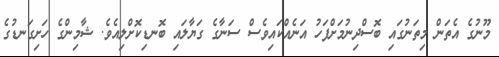
މޫނުގެ އެތަން މިތަނުގައި ބޮސްދިނުމަށްފަހު އަނެއްކައިވެސް ސަނާގެ ގަޔާލައި ބޮނޑިކޮށްލިއެވެ. ޝާމިންގެ ހަށިގަނޑުގެ